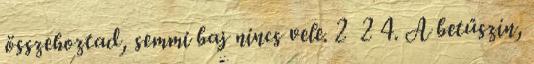
összehoztad, semmi baj nincs vele. 2 2 4. A betűszín,